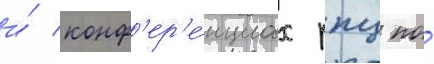
и́ конф'ер'е́нциах рпц по́